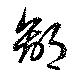
鄙